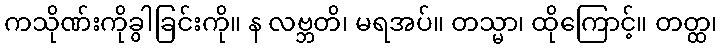
ကသိုဏ်းကိုခွါခြင်းကို။ န လဗ္ဘတိ၊ မရအပ်။ တသ္မာ၊ ထိုကြောင့်။ တတ္ထ၊